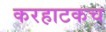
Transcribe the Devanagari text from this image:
करहाटकच